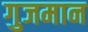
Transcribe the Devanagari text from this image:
गुजमान